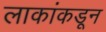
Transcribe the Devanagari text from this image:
लाकांकडून